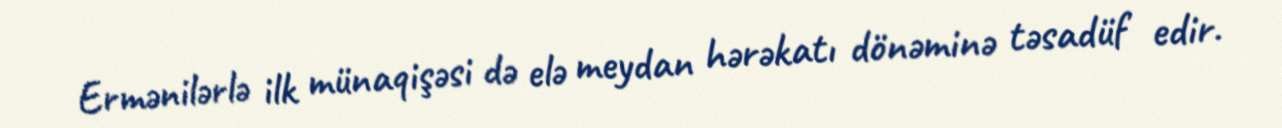
Ermənilərlə ilk münaqişəsi də elə meydan hərəkatı dönəminə təsadüf edir.